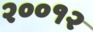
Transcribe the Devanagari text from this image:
२००१२